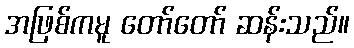
အဖြစ်ကမူ တော်တော် ဆန်းသည်။